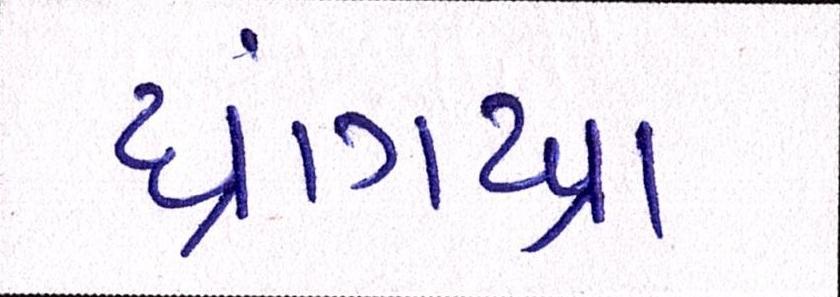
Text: ધ્રાંગધ્રા